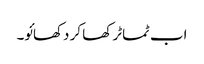
اب ٹماٹر کھا کر دکھائو۔